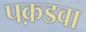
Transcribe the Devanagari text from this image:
पक़डवा